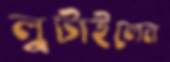
লুটাইলেন